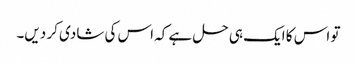
تو اس کا ایک ہی حل ہے کہ اس کی شادی کر دیں۔